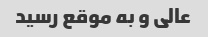
عالی و به موقع رسید